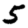
Digit: 5